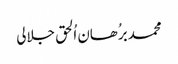
محمد برُھان اُلحق جلالی